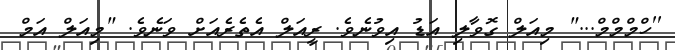
''ހްމްމްމް..." މިއަލް ގޮވާލި އަޑު އިވުނެވެ. ރީއަލް އެތެރެއަށް ވަނެވެ. "މިއަލް އަމް